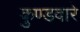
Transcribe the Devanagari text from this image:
कुण्डवारे